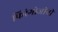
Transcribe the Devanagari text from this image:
फिरंगोजीनी